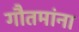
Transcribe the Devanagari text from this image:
गौतमांना